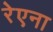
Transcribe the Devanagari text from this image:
रेएना